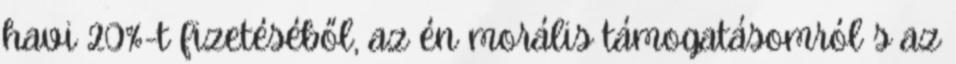
havi 20%-t fizetéséből, az én morális támogatásomról s az